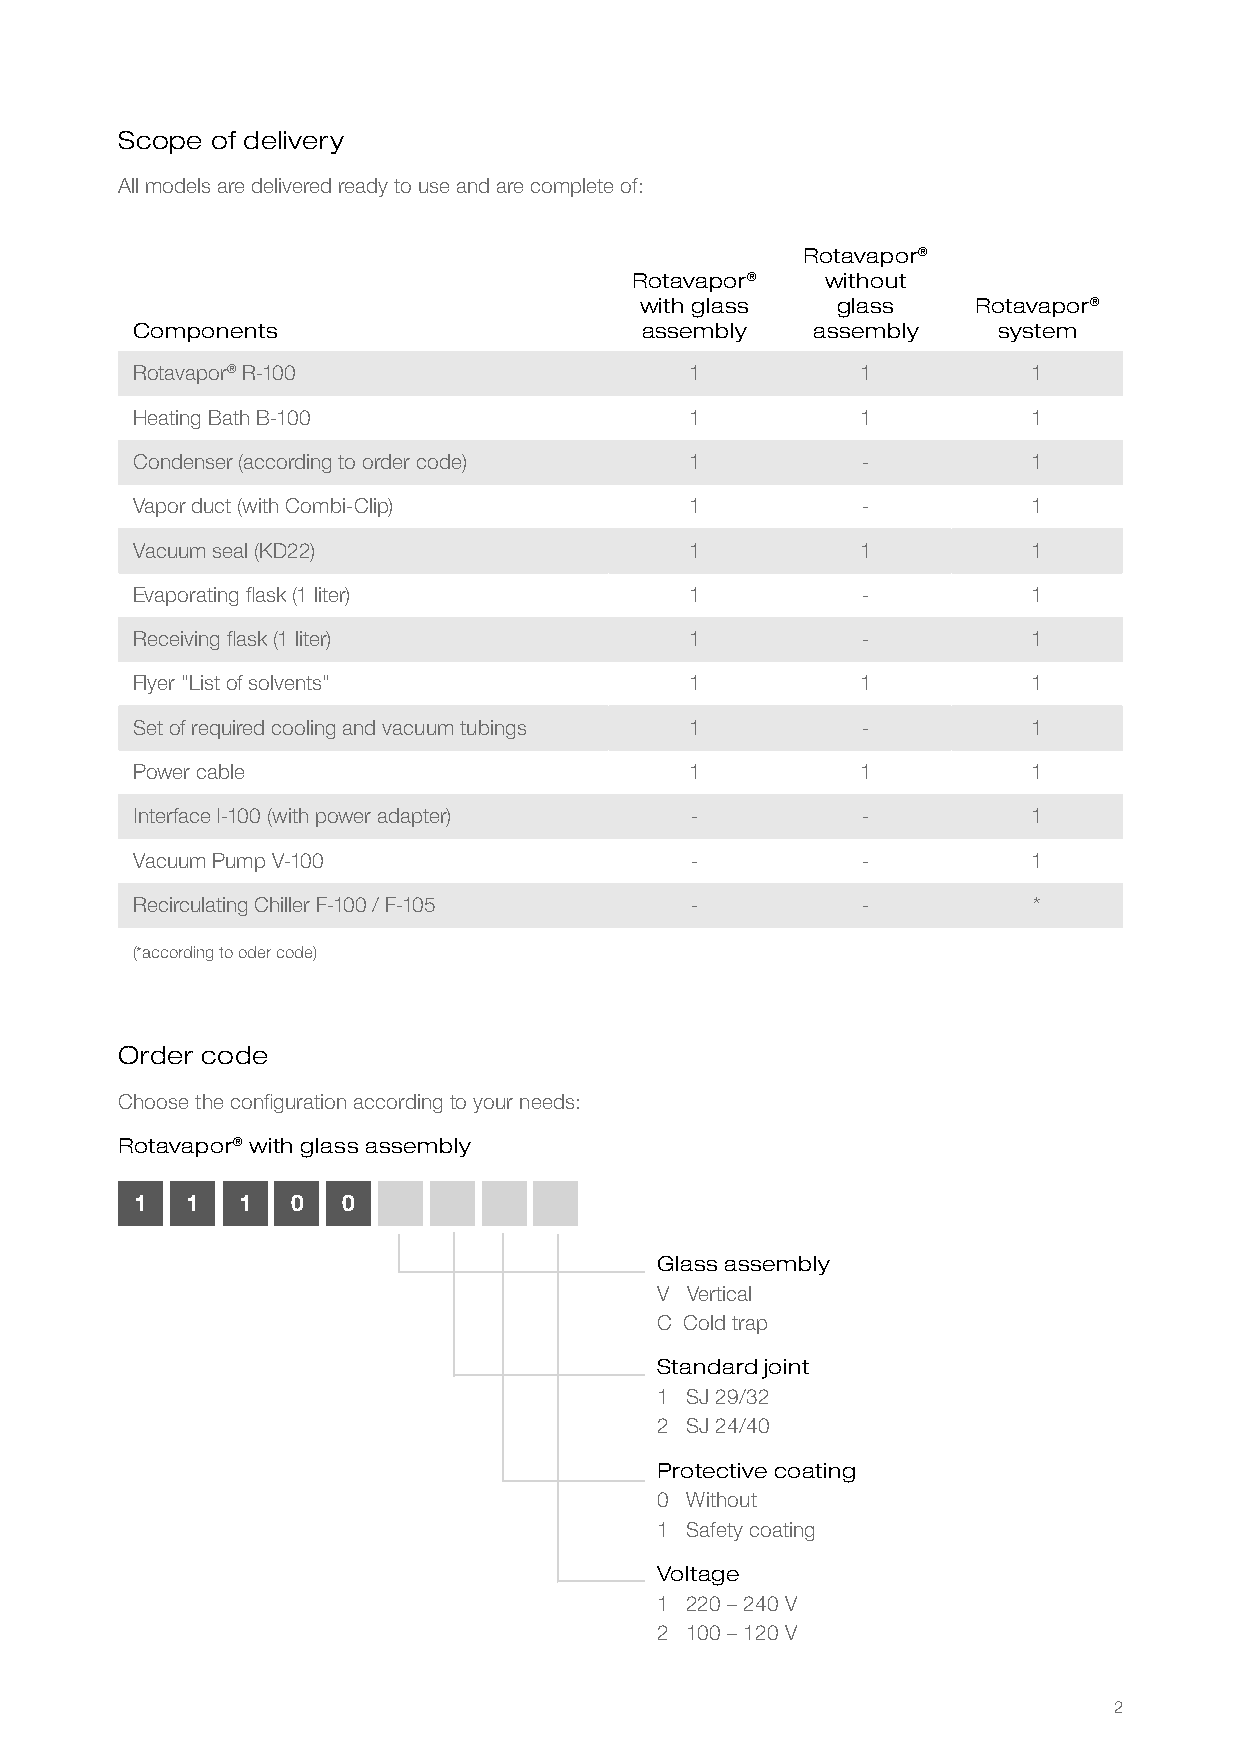
Scope of delivery
 All models are delivered ready to use and are complete of:
 Rotavapor®
 Rotavapor®   without
 with glass   glass    Rotavapor®
 Components                       assembly    assembly    system
 Rotavapor® R-100                     1          1          1
 Heating Bath B-100                   1          1          1
 Condenser (according to order code)  1          -          1
 Vapor duct (with Combi-Clip)         1          -          1
 Vacuum seal (KD22)                   1          1          1
 Evaporating flask (1 liter)          1          -          1
 Receiving flask (1 liter)            1          -          1
 Flyer "List of solvents"             1          1          1
 Set of required cooling and vacuum tubings 1    -          1
 Power cable                          1          1          1
 Interface I-100 (with power adapter) -          -          1
 Vacuum Pump V-100                    -          -          1
 Recirculating Chiller F-100 / F-105  -          -          *
 (*according to oder code)
 Order code
 Choose the configuration according to your needs:
 Rotavapor® with glass assembly
 1  1   1  0   0
 Glass assembly
 V Vertical
 C Cold trap
 Standard joint
 1 SJ 29/32
 2 SJ 24/40
 Protective coating
 0 Without
 1 Safety coating
 Voltage
 1 220 – 240 V
 2 100 – 120 V
 2